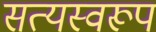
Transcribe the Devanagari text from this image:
सत्‍यस्‍वरूप